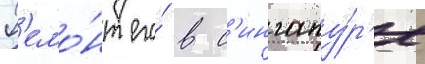
Р'емо́нт его́ в с'ингапу́р'е